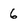
Character: 6